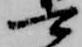
可